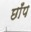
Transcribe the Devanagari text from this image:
छाँप